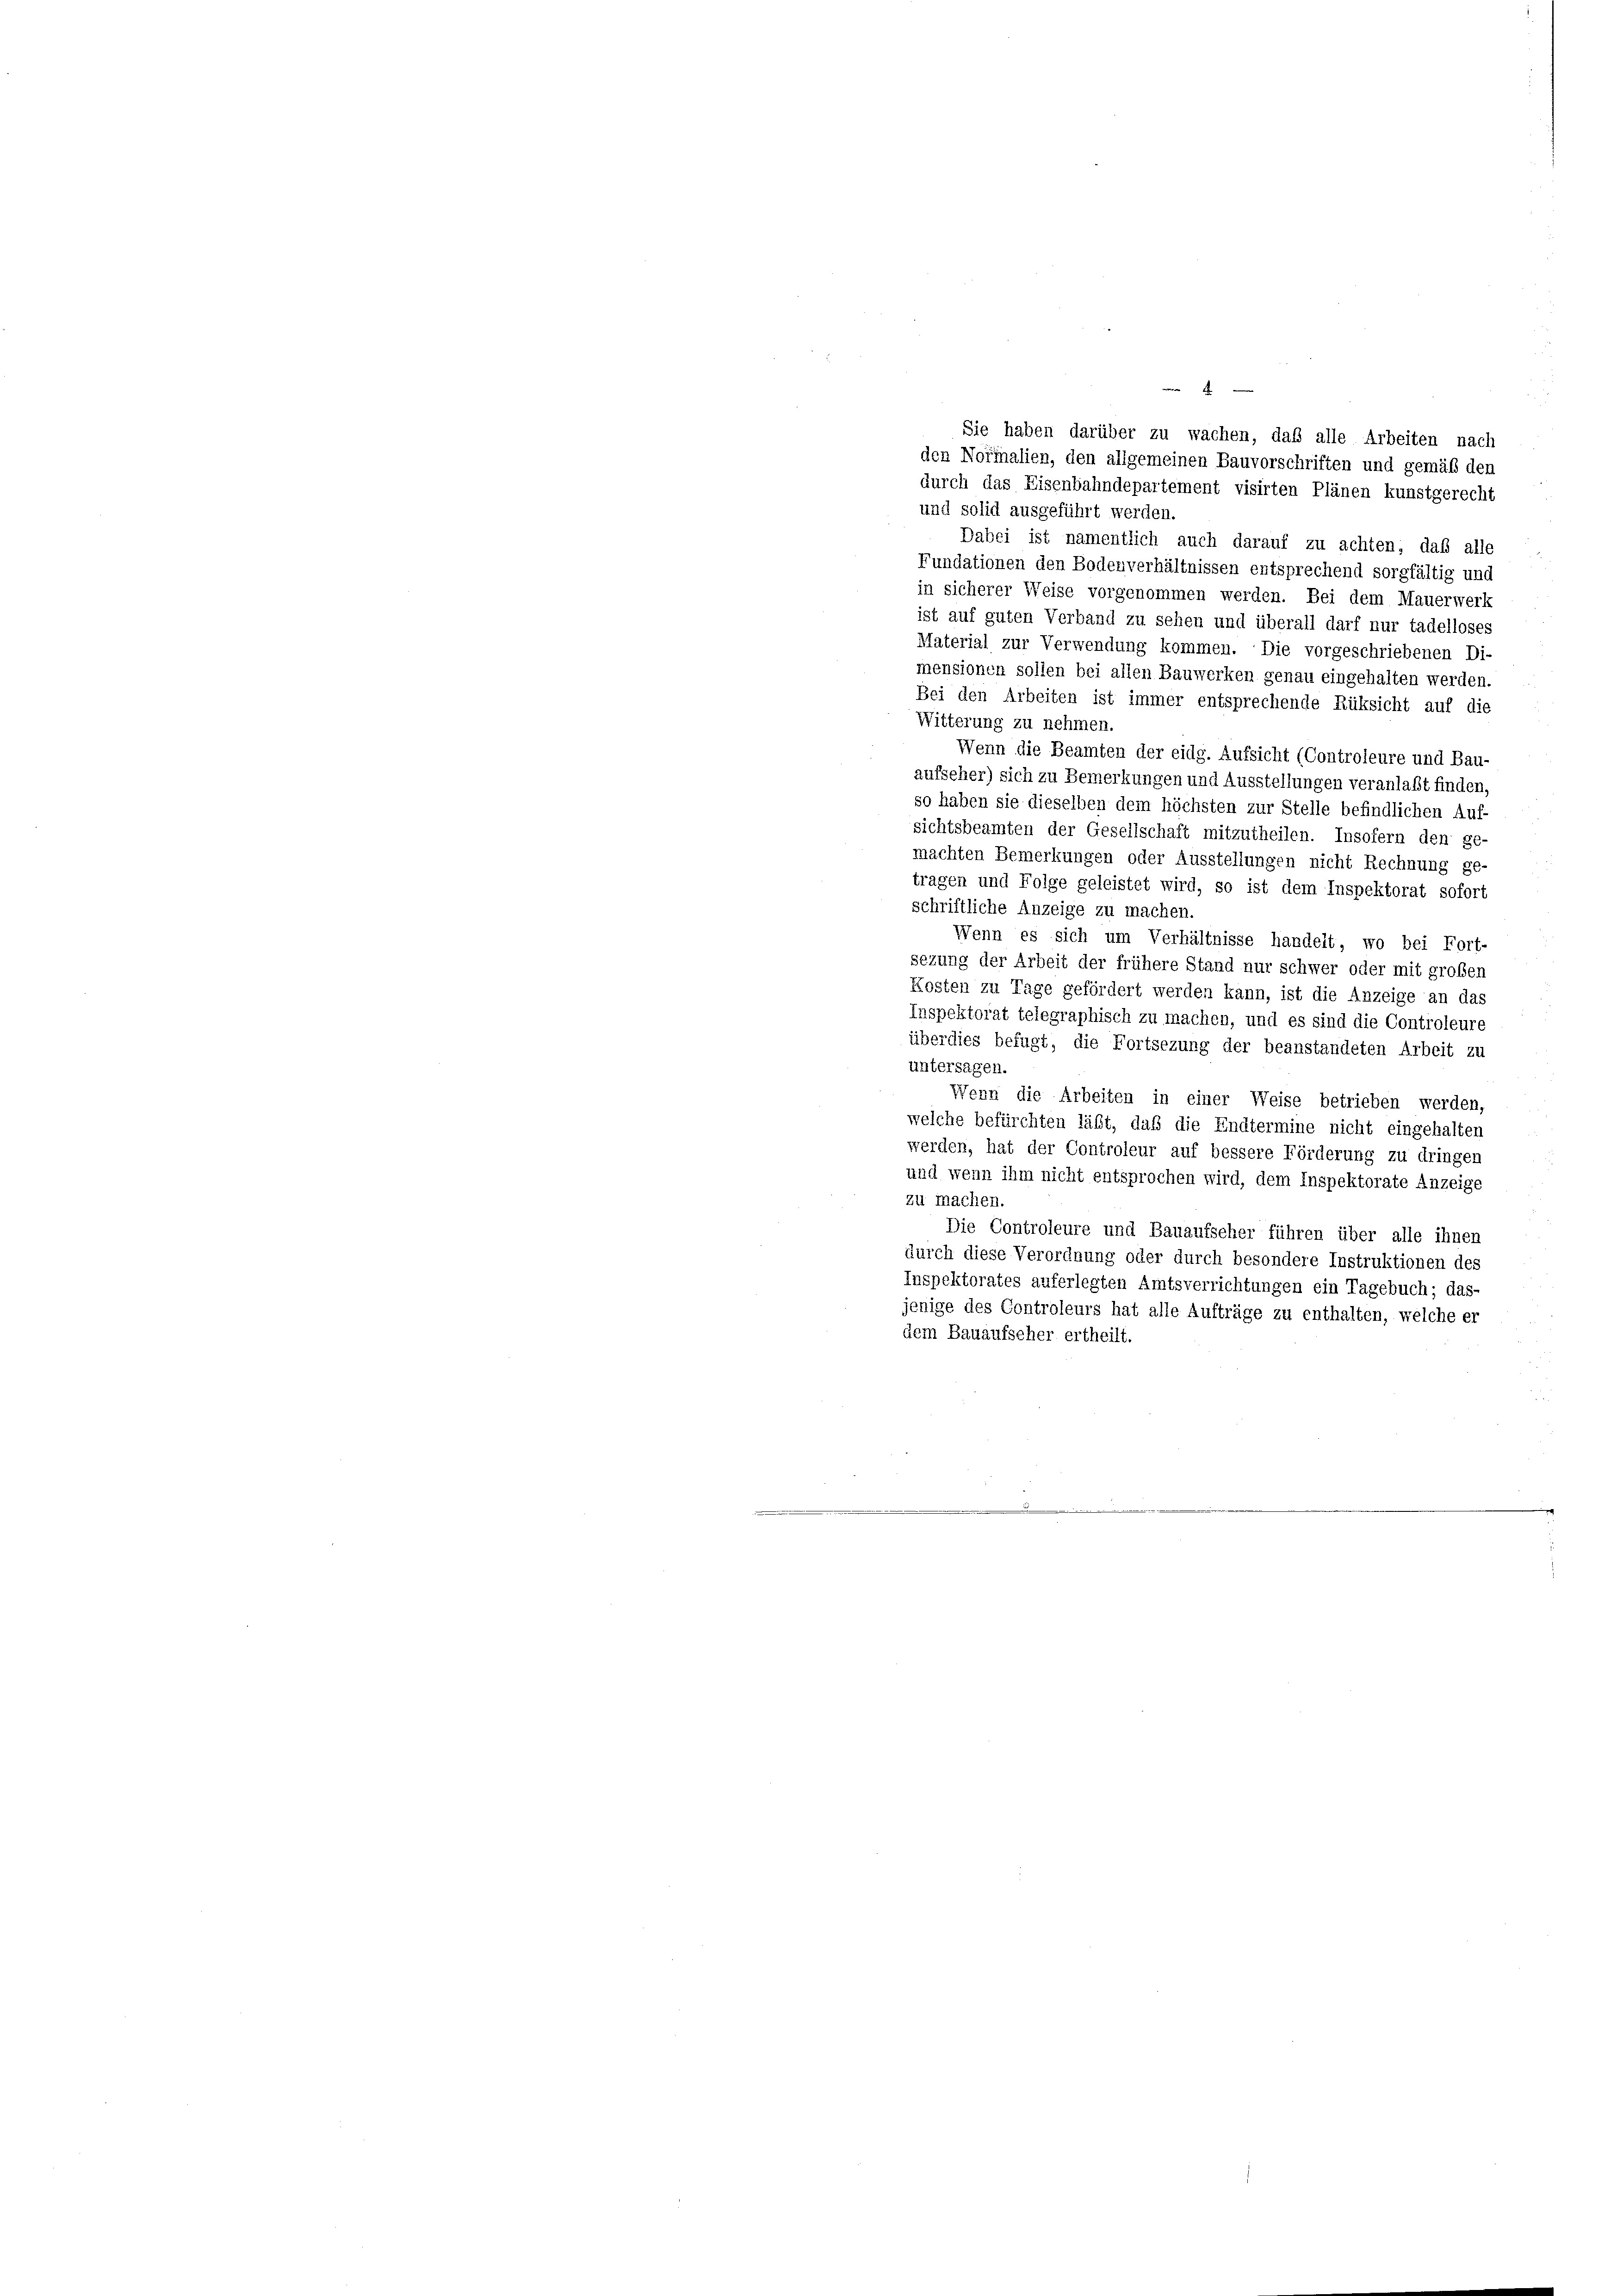
Sie haben darüber zu wachen, daß alle Arbeiten nach
den Normalien, den allgemeinen Bauvorschriften und gemäß den
durch das Eisenbahndepartement visirten Plänen kunstgerecht
und solid ausgeführt werden.
Dabei ist namentlich auch darauf zu achten, daß alle
Fundationen den Bodenverhältnissen entsprechend sorgfältig und
in sicherer Weise vorgenommen werden. Bei dem Mauerwerk
ist auf guten Verband zu sehen und überall darf nur tadelloses
Material zur Verwendung kommen. Die vorgeschriebenen Di-
mensionen sollen bei allen Bauwerken genau eingehalten werden.
Bei den Arbeiten ist immer entsprechende Rüksicht auf die
Witterung zu nehmen.
Wenn die Beamten der eidg. Aufsicht (Controleure und Bau-
aufseher) sich zu Bemerkungen und Ausstellungen veranlaßt finden,
so haben sie dieselben dem höchsten zur Stelle befindlichen Auf-
sichtsbeamten der Gesellschaft mitzutheilen. Insofern den ge-
machten Bemerkungen oder Ausstellungen nicht Rechnung ge-
tragen und Folge geleistet wird, so ist dem Inspektorat sofort
schriftliche Anzeige zu machen.
Wenn es sich um Verhältnisse handelt, wo bei Fort-
sezung der Arbeit der frühere Stand nur schwer oder mit großen
Kosten zu Tage gefördert werden kann, ist die Anzeige an das
Inspektorat telegraphisch zu machen, und es sind die Controleure
überdies befugt, die Fortsezung der beanstandeten Arbeit zu
untersagen.
Wenn die Arbeiten in einer Weise betrieben werden,
welche befürchten läßt, daß die Endtermine nicht eingehalten
werden, hat der Controleur auf bessere Förderung zu dringen
und wenn ihm nicht entsprochen wird, dem Inspektorate Anzeige
zu machen.
Die Controleure und Bauaufseher führen über alle ihnen
durch diese Verordnung oder durch besondere Instruktionen des
Inspektorates auferlegten Amtsverrichtungen ein Tagebuch; das-
jenige des Controleurs hat alle Aufträge zu enthalten, welche er
dem Bauaufseher ertheilt.